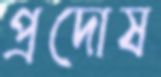
প্রদোষ